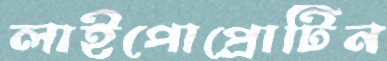
লাইপোপ্রোটিন